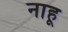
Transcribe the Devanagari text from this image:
नाहू